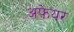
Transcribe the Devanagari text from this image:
अफ़ेयर